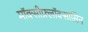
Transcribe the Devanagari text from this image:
मॉक्सीफ़्लॉक्सासिन